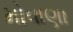
મોવાણા